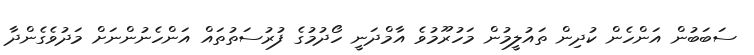
ސަބަބުން އަންހެން ކުދިން ތައުލީމުން މަހުރޫމުވެ އާމްދަނީ ހޯދުމުގެ ފުރުސަތުތައް އަންހެނުންނަށް މަދުވެގެންދާ